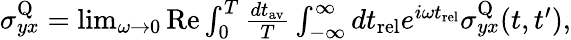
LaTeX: \begin{array}{r}{\sigma_{yx}^{\textrm{Q}}=\operatorname*{lim}_{\omega\rightarrow 0}\textrm{Re}\int_{0}^{T}\frac{dt_{\textrm{av}}}{T}\int_{-\infty}^{\infty}dt_{\textrm{rel}}e^{i\omega t_{\textrm{rel}}}\sigma_{yx}^{\textrm{Q}}(t,t^{\prime}),}\end{array}